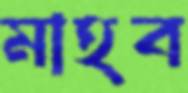
মাহব